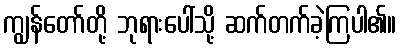
ကျွန်တော်တို့ ဘုရားပေါ်သို့ ဆက်တက်ခဲ့ကြပါ၏။